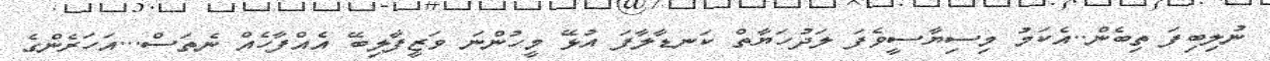
ނުލިބިފަ ތިބެން..އެކަމު މިސިޔާސީވެފަ ލަދުހަޔާތް ކަނޑާލާފަ އުޅޭ މީހުންނަ ވަޒީފާލިބޭ އެއްފާހެއް ނެތަސް...އަހަރެންގެ